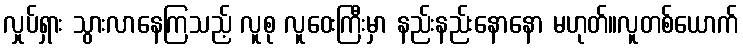
လှုပ်ရှား သွားလာနေကြသည့် လူစု လူဝေးကြီးမှာ နည်းနည်းနောနော မဟုတ်။လူတစ်ယောက်